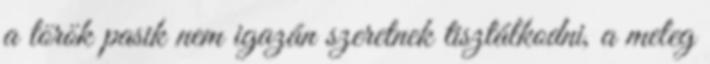
a török pasik nem igazán szeretnek tisztálkodni, a meleg